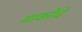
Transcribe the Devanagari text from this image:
मार्कोचे